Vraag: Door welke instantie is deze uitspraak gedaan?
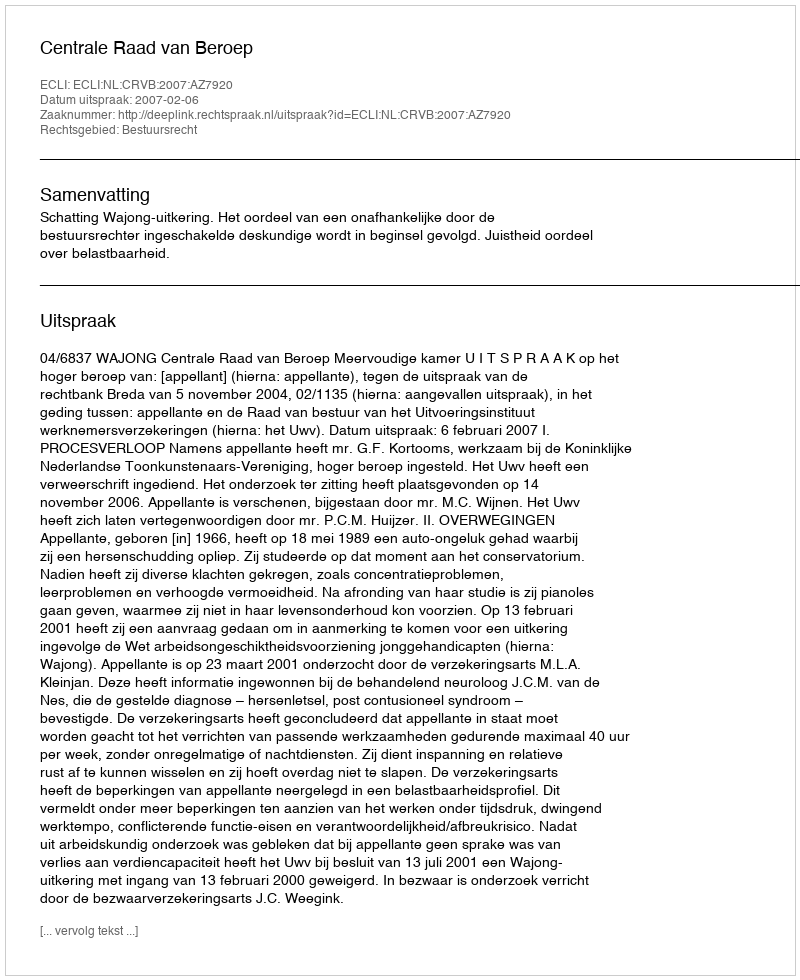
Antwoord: Centrale Raad van Beroep